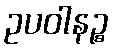
ဥပဝါနဉ္စ